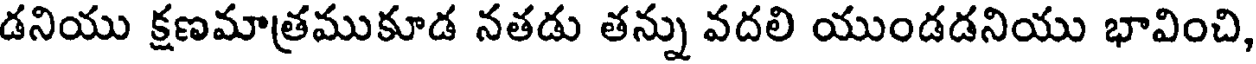
డనియు క్షణమాత్రముకూడ నతడు తన్ను వదలి యుండడనియు భావించి,